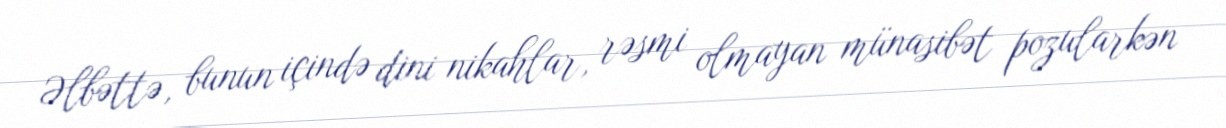
Əlbəttə, bunun içində dini nikahlar, rəsmi olmayan münasibət pozularkən